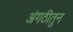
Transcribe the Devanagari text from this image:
अंगठीतुन